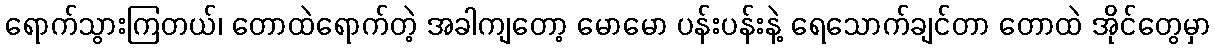
ရောက်သွားကြတယ်၊ တောထဲရောက်တဲ့ အခါကျတော့ မောမော ပန်းပန်းနဲ့ ရေသောက်ချင်တာ တောထဲ အိုင်တွေမှာ